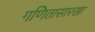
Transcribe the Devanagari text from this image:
गणितासारखा